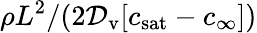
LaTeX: \rho L^{2}/(2{\cal D}_{\mathrm{v}}[c_{\mathrm{sat}}-c_{\infty}])